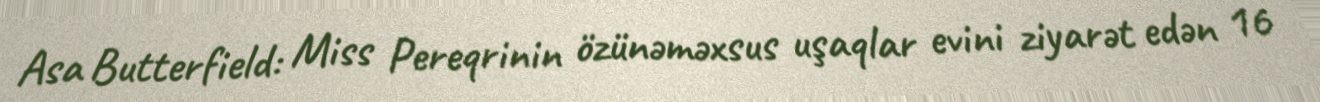
Asa Butterfield: Miss Pereqrinin özünəməxsus uşaqlar evini ziyarət edən 16